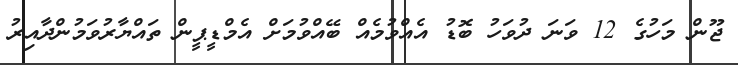
ޖޫން މަހުގެ 12 ވަނަ ދުވަހު ބޮޑު އެއްވުމެއް ބޭއްވުމަށް އެމްޑީޕީން ތައްޔާރުވަމުންދާއިރު